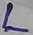
Text: L